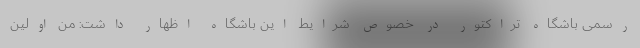
رسمی باشگاه تراکتور در خصوص شرایط این باشگاه اظهار داشت: من اولین